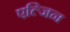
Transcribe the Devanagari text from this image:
एल्जिन